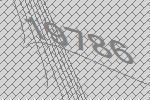
19786